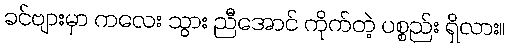
ခင်ဗျားမှာ ကလေး သွား ညီအောင် ကိုက်တဲ့ ပစ္စည်း ရှိလား။